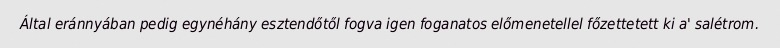
Által eránnyában pedig egynéhány esztendőtől fogva igen foganatos előmenetellel főzettetett ki a' salétrom.